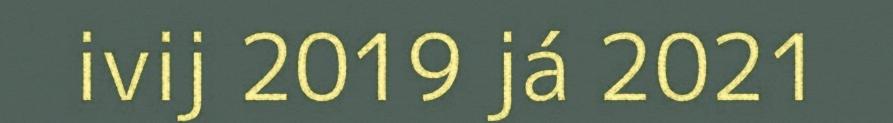
ivij 2019 já 2021